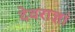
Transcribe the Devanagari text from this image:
देवराज्ञां